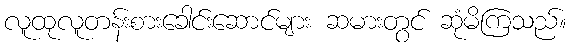
လူထုလူတန်းစားခေါင်းဆောင်များ ဆမားတွင် ဆုံမိကြသည်။